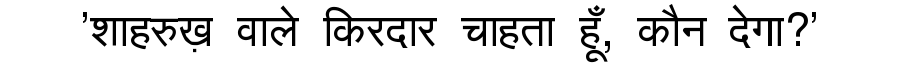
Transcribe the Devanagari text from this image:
'शाहरुख़ वाले किरदार चाहता हूँ, कौन देगा?'